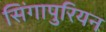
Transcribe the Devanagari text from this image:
सिंगापुरियन